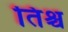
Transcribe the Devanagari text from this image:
तिश्च